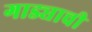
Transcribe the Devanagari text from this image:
गाड्याची